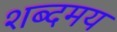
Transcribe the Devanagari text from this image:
शब्दमय